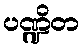
ပဏ္ဍိတ